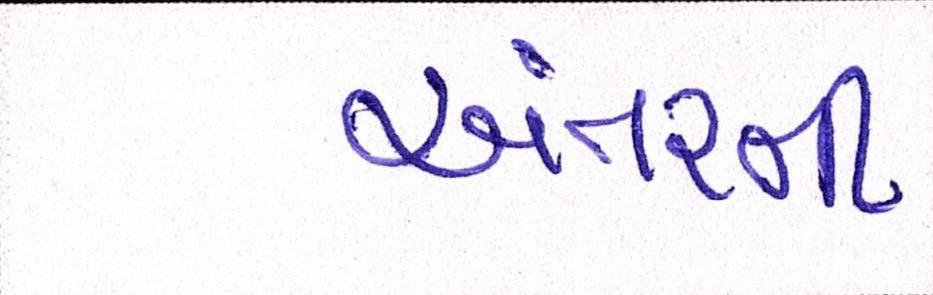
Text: અંતરની